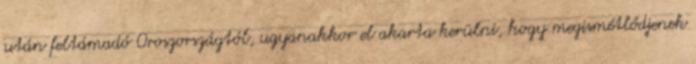
után feltámadó Oroszországtól, ugyanakkor el akarta kerülni, hogy megismétlődjenek